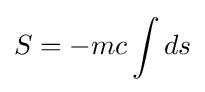
S=-mc\int ds